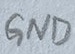
Text: GND